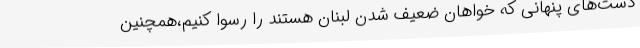
دست‌های پنهانی که خواهان ضعیف شدن لبنان هستند را رسوا کنیم،همچنین